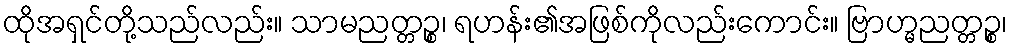
ထိုအရှင်တို့သည်လည်း။ သာမညတ္တဉ္စ၊ ရဟန်း၏အဖြစ်ကိုလည်းကောင်း။ ဗြာဟ္မညတ္တဉ္စ၊